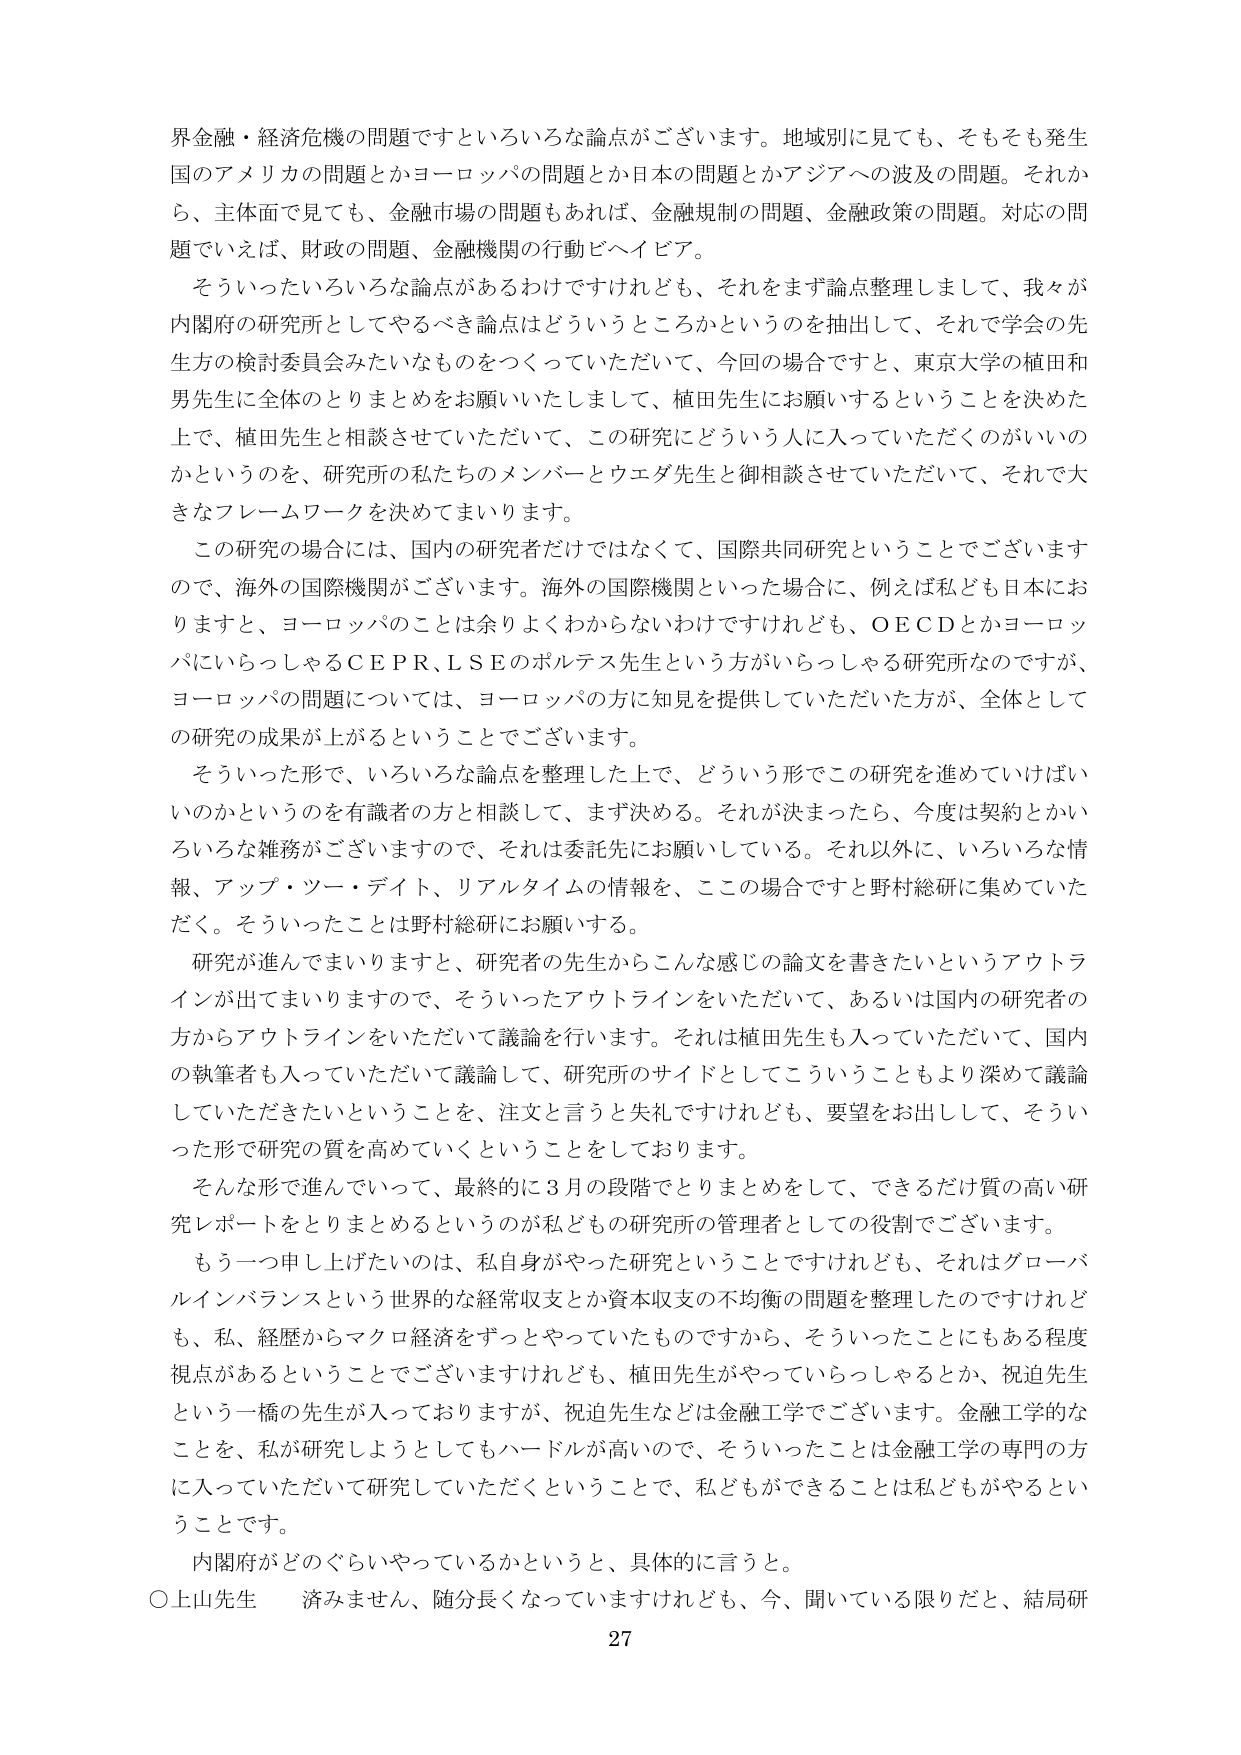
界金融・経済危機の問題ですといろいろな論点がございます。地域別に見ても、そもそも発生国のアメリカの問題とかヨーロッパの問題とか日本の問題とかアジアへの波及の問題。それから、主体面で見ても、金融市場の問題もあれば、金融規制の問題、金融政策の問題。対応の問題でいえば、財政の問題、金融機関の行動ビヘイビア。

そういったいろいろな論点があるわけですがけれども、それをまず論点整理しまして、我々が内閣府の研究所としてやるべき論点はどういうところかというのを抽出して、それて学会の先生方の検討委員会みたいなものをつくっていただいて、今回の場合ですと、東京大学の植田和男先生に全体のとりまとめをお願いいたしまして、植田先生にお願いするということを決めた上で、植田先生と相談させていただいて、この研究にどういう人に入っていただくのがいいのかというのを、研究所の私たちのメンバーとウエダ先生と御相談させていただいて、それで大きなフレームワークを決めてまいります。

この研究の場合には、国内の研究者だけではなくて、国際共同研究ということでございますので、海外の国際機関がございます。海外の国際機関といった場合には、例えば私ども日本におりますと、ヨーロッパのことは余りよくわからないわけですがけれども、ＯＥＣＤとかヨーロッパにいらっしゃるＣＥＰＲ、ＬＳＥのボルテス先生という方がいらっしゃる研究所なのですが、ヨーロッパの問題については、ヨーロッパの方に知見を提供していただいた方が、全体としての研究の成果が上がるということでございます。

そういった形で、いろいろな論点を整理した上で、どういう形でこの研究を進めていけばいいのかというのを有識者の方と相談して、まず決める。それが決まったら、今度は契約とかいろいろな雑務がございますので、それは委託先にお願いしている。それ以外に、いろいろな情報、アップ・ツー・デイト、リアルタイムの情報を、この場合ですと野村総研に集めていただく。そういったことは野村総研にお願いする。

研究が進んでまいりますと、研究者の先生からこんな感じの論文を書きたいというアウトラインが出てまいりますので、そういったアウトラインをいただいて、あるいは国内の研究者の方からアウトラインをいただいて議論を行います。それは植田先生も入っていただいて、国内の執筆者も入っていただいて議論して、研究所のサイドとしてこういうこともより深めて議論していただきたいということを、注文と言うと失礼ですけれども、要望をお出しして、そういった形で研究の質を高めていくということをしております。

そんな形で進んでいって、最終的に3月の段階でとりまとめをして、できるだけ質の高い研究レポートをとりまとめるというのが私どもの研究所の管理者としての役割でございます。

もう一つ申し上げたいのは、私自身がやった研究ということですけれども、それはグローバルインバランスという世界的な経常収支とか資本収支の不均衡の問題を整理したのですけれども、私、経歴からマクロ経済をずっとやっていたものですから、そういったことにもある程度視点があるということでございますけれども、植田先生がやっていらっしゃるとか、祝迫先生という一橋の先生が入っておりますが、祝迫先生などは金融工学でございます。金融工学的なことを、私が研究しようとしてもハードルが高いので、そういったことは金融工学の専門の方に入っていただいて研究していただくということで、私どもができることは私どもがやるということです。

内閣府がどのぐらいやっているかというと、具体的に言うと。
○上山先生　済みません、随分長くなっていますけれども、今、聞いている限りだと、結局研

27